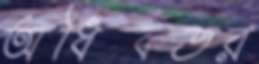
অধিকতর